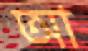
আ